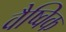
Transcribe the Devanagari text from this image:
वैष्विक